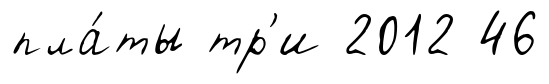
пла́ты тр'и 2012 46